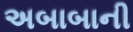
અબાબાની